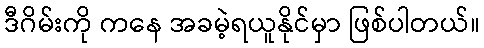
ဒီဂိမ်းကို ကနေ အခမဲ့ရယူနိုင်မှာ ဖြစ်ပါတယ်။